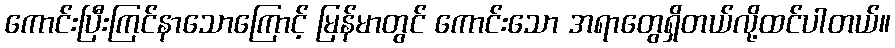
ကောင်းပြီးကြင်နာသောကြောင့် မြန်မာတွင် ကောင်းသော အရာတွေရှိတယ်လို့ထင်ပါတယ်။